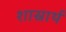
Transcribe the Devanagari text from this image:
शास्रार्थ